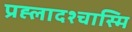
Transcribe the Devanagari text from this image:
प्रह्लादश्चास्मि